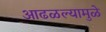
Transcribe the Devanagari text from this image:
आढळल्यामुळे